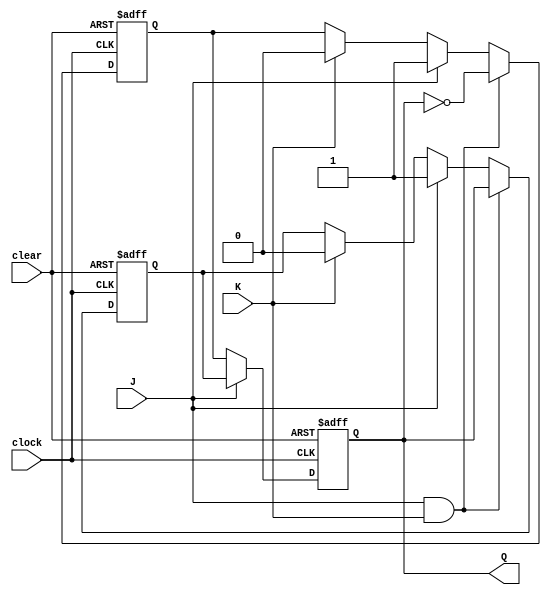
module jk_ff(input J, input K, input clock, input clear, output reg Q);

  reg D1, D2;

  always @(posedge clock or posedge clear)
  begin
    if (clear)
      D1 <= 1'b0;
    else if (J && K)
      D1 <= Q;
    else if (J)
      D1 <= 1'b1;
    else if (K)
      D1 <= 1'b0;
  end
  
  always @(posedge clock or posedge clear)
  begin
    if (clear)
      D2 <= 1'b1;
    else if (J && K)
      D2 <= ~Q;
    else if (J)
      D2 <= 1'b1;
    else if (K)
      D2 <= 1'b0;
  end

  always @(posedge clock or posedge clear)
  begin
    if (clear)
      Q <= 1'b0;
    else
      Q <= J ? D1 : D2;
  end

endmodule